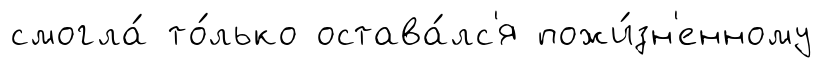
смогла́ то́лько остава́лс'я пожи́зн'енному